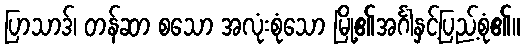
ပြာသာဒ်၊ တန်ဆာ စသော အလုံးစုံသော မြို့၏အင်္ဂါနှင့်ပြည့်စုံ၏။